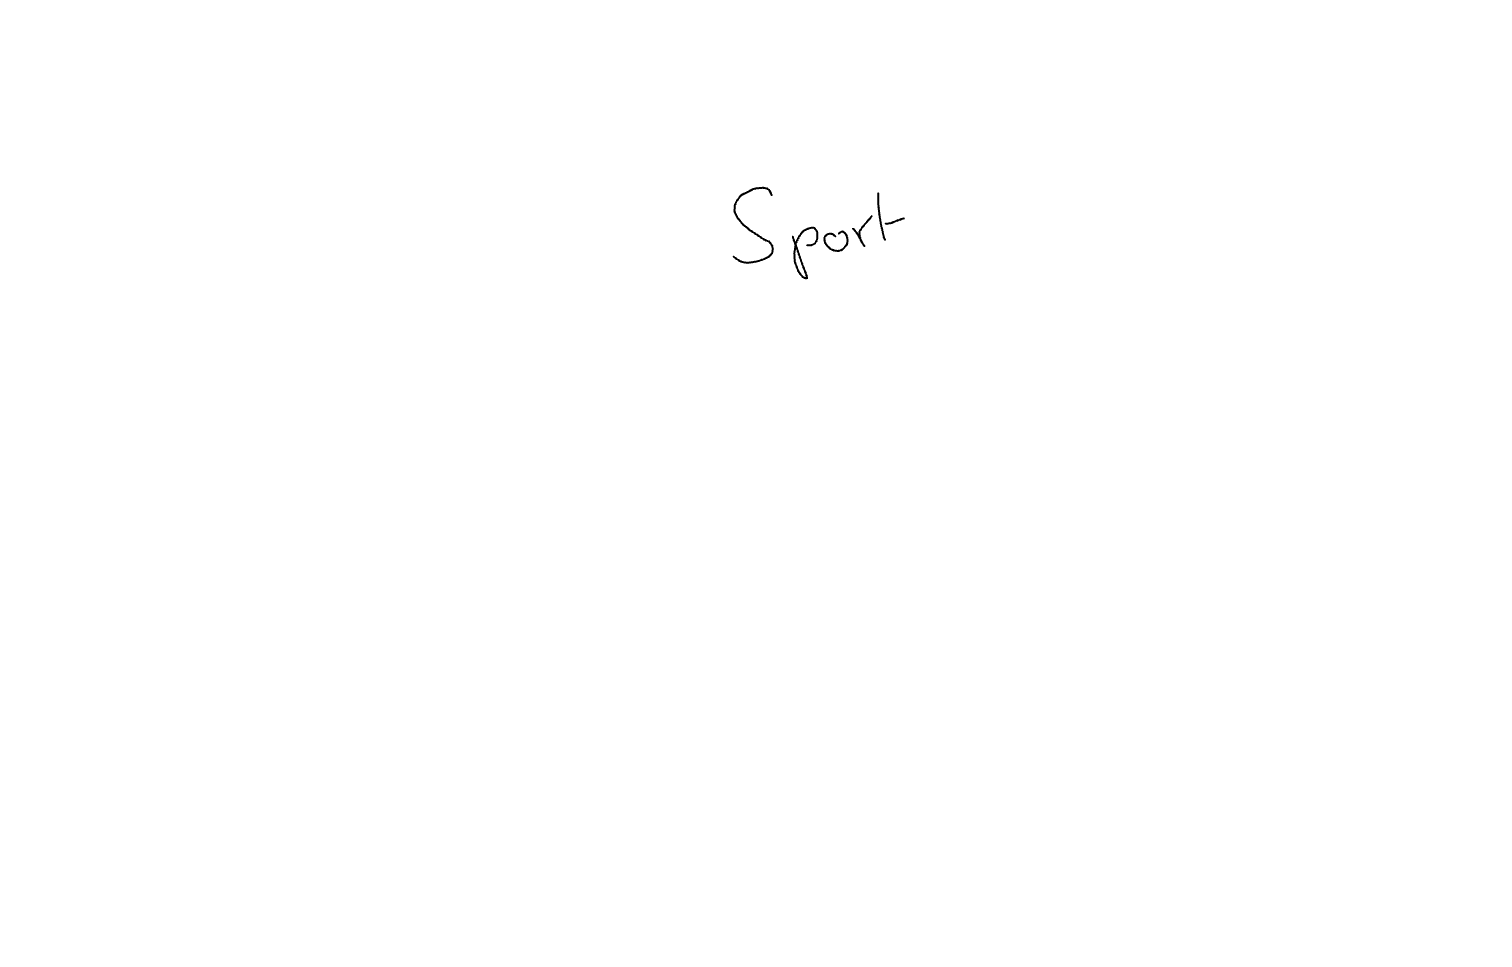
Text: Sport